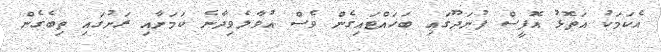
އެކަމަކު އަތޮޅު އޮފީސް ފުނަދޫގައި ބަހައްޓައިގެން ވެސް އުވާލެވިދާނެ ކަމަށާއި ރަށުގައި ތިބެގެން